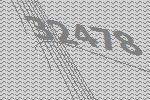
32478